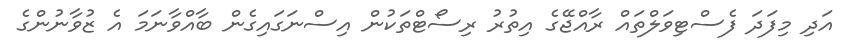
އަދި މިފަދަ ފެސްޓިވަލްތައް ރާއްޖޭގެ އިތުރު ރިސޯޓްތަކުން އިސްނަގައިގެން ބާއްވާނަމަ އެ ޒުވާނުންގެ